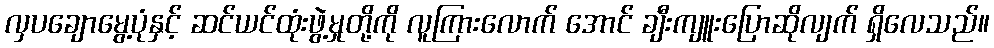
လှပချောမွေ့ပုံနှင့် ဆင်ယင်ထုံးဖွဲ့မှုတို့ကို လူကြားလောက် အောင် ချီးကျူးပြောဆိုလျက် ရှိလေသည်။